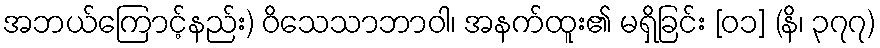
အဘယ်ကြောင့်နည်း) ဝိသေသာဘာဝါ၊ အနက်ထူး၏ မရှိခြင်း [၀၁] (နိ၊ ၃၇၇)